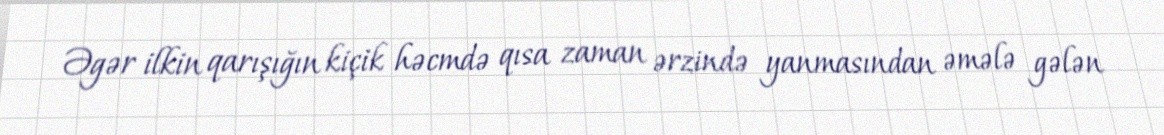
Əgər ilkin qarışığın kiçik həcmdə qısa zaman ərzində yanmasından əmələ gələn